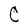
Character: C